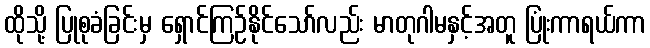
ထိုသို့ ပြုစုခံခြင်းမှ ရှောင်ကြဉ်နိုင်သော်လည်း မာတုဂါမနှင့်အတူ ပြုံးကာရယ်ကာ